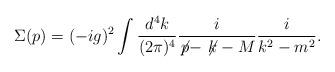
LaTeX: \begin{align*}\Sigma(p)=(-ig)^2 \int \frac{d^4k}{(2 \pi)^4} \frac{i}{\not\!p - \not\!k - M}\frac{i}{k^2 - m^2}.\end{align*}